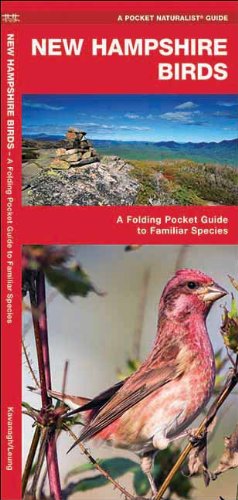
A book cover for New Hampshire Birds: A Folding Pocket Guide to Familiar Species (Pocket Naturalist Guide Series); James Kavanagh; Travel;